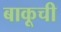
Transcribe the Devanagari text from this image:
बाकूची